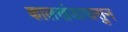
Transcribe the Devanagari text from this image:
कालखंडापासुन